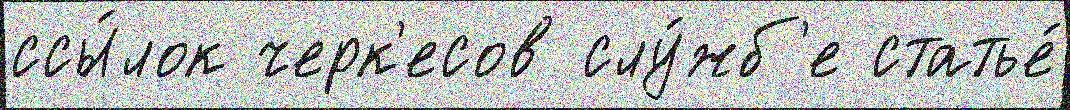
ссы́лок черк'есов слу́жб'е статье́